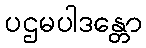
ပဌမပါဒန္တော